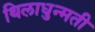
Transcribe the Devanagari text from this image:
थिलाधुन्मती